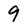
Character: 9